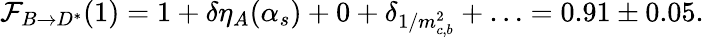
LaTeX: {\cal F}_{B\rightarrow D^{*}}(1)=1+\delta\eta_{A}(\alpha_{s})+0+\delta_{1/m_{c,b}^{2}}+\ldots=0.91\pm 0.05.